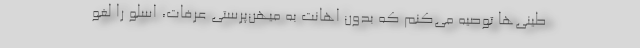
طینی‌ها توصیه می‌کنم که بدون اهانت به میهن‌پرستی عرفات، اسلو را لغو